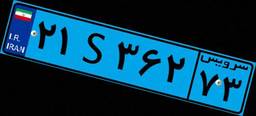
۸۷S۰۹۸۶۷